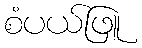
စံပယ်ဖြူ